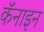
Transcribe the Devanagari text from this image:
कॅनाइन